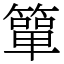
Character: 簞